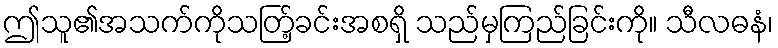
ဤသူ၏အသက်ကိုသတ်ြ့ခင်းအစရှိ သည်မှကြည်ခြင်းကို။ သီလဓနံ၊